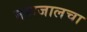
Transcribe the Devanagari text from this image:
महाजालचा